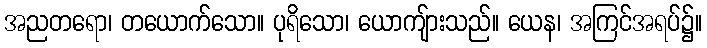
အညတရော၊ တယောက်သော။ ပုရိသော၊ ယောကျ်ားသည်။ ယေန၊ အကြင်အရပ်၌။